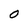
Character: O